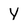
Character: Y